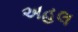
અહલ